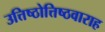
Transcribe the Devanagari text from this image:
उत्तिष्ठोत्तिष्ठवाराह